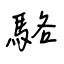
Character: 駱